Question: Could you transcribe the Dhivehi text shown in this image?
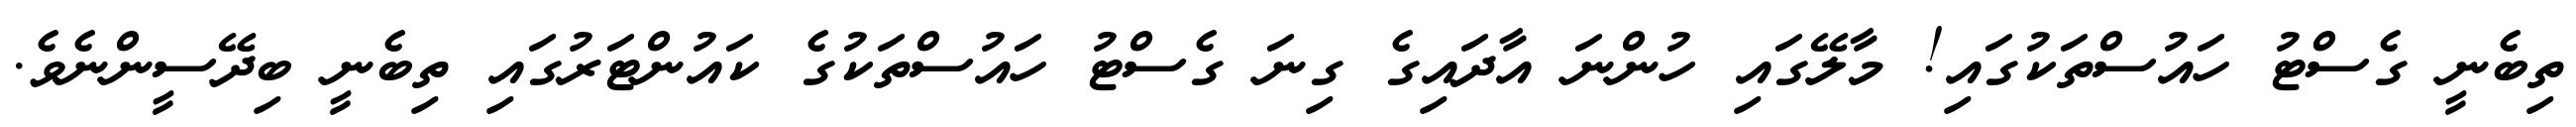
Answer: ތިބެނީ ގެސްޓު ހައުސްތަކުގައި! މާލޭގައި ހުންނަ އާދައިގެ ގިނަ ގެސްޓު ހައުސްތަކުގެ ކައުންޓަރުގައި ތިބެނީ ބިދޭސީންނެވެ.